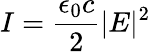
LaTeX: I=\frac{\epsilon_{0}c}{2}|E|^{2}